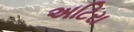
અટિરા